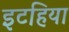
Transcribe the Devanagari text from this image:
इटहिया